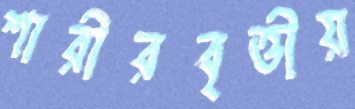
শারীরবৃত্তীয়